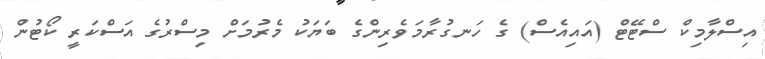
އިސްލާމިކް ސްޓޭޓް (އައިއެސް) ގެ ހަނގުރާމަވެރިންގެ ބަޔަކު މެރުމަށް މިސްރުގެ އަސްކަރީ ކޯޓުން